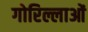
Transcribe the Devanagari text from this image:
गोरिल्लाओं